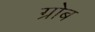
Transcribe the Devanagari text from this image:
ग्रोब